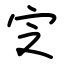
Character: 㝎